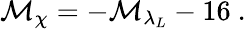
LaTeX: \mathcal{M}_{\chi}=-\mathcal{M}_{\lambda_{L}}-16~.